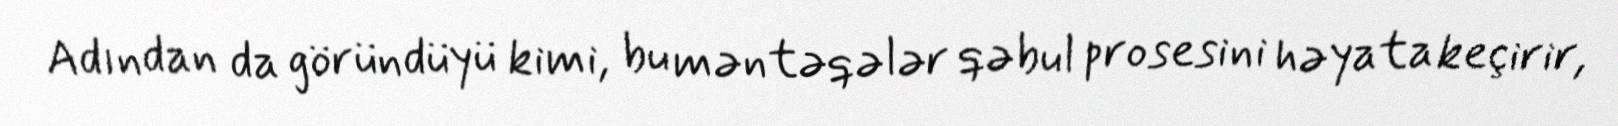
Adından da göründüyü kimi, bu məntəqələr qəbul prosesini həyata keçirir,